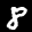
Label: 8